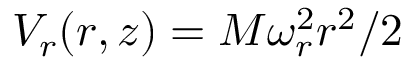
V _ { r } ( r , z ) = M \omega _ { r } ^ { 2 } r ^ { 2 } / 2